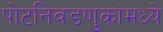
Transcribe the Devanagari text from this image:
पोटनिवडणुकांमध्ये